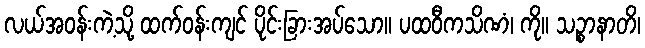
လယ်အဝန်းကဲ့သို့ ထက်ဝန်းကျင် ပိုင်းခြားအပ်သော။ ပထဝီကသိဏံ၊ ကို။ သဉ္စာနာတိ၊